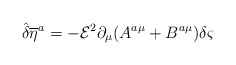
\begin{align*}{\hat{\delta}} {{\overline{\eta}} ^{a}}=-{\mathcal{E}}^{2}\partial _{\mu }(A^{a\mu }+B^{a\mu })\delta \varsigma\end{align*}